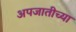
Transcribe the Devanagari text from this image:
अपजातीच्या